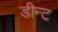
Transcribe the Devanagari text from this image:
डीन्ट